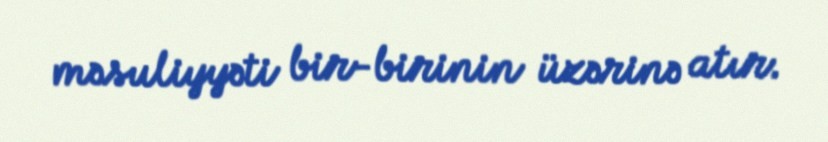
məsuliyyəti bir-birinin üzərinə atır.